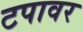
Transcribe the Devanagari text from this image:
टपावर